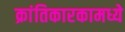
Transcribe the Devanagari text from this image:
क्रांतिकारकामध्ये